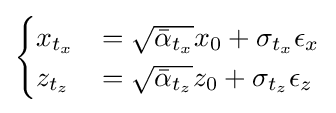
{\begin{cases}x_{t_{x}}&={\sqrt {{\bar {\alpha }}_{t_{x}}}}x_{0}+\sigma _{t_{x}}\epsilon _{x}\\z_{t_{z}}&={\sqrt {{\bar {\alpha }}_{t_{z}}}}z_{0}+\sigma _{t_{z}}\epsilon _{z}\end{cases}}